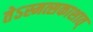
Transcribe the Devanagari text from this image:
तेऽस्मत्सकाशात्